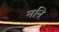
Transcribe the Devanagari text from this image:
ननि